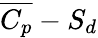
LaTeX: \overline{{C_{p}}}-S_{d}